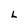
Character: L